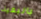
بالبقية